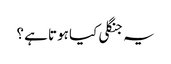
یہ جنگلی کیا ہوتا ہے ؟